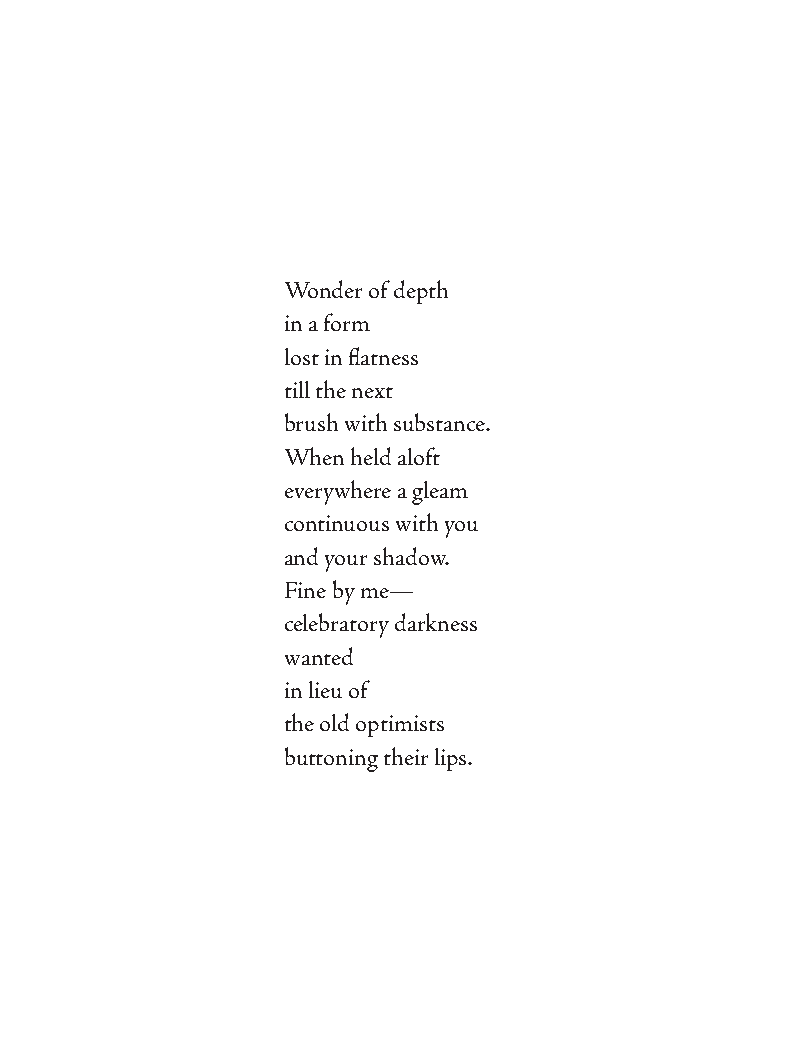
Wonder of depth
 in a form
 lost in flatness
 till the next
 brush with substance.
 When held aloft
 everywhere a gleam
 continuous with you
 and your shadow.
 Fine by me—
 celebratory darkness
 wanted
 in lieu of
 the old optimists
 buttoning their lips.